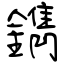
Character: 鐫